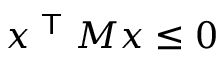
x ^ { \textsf { T } } M x \leq 0